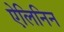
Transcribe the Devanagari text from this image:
ऐलिनिन